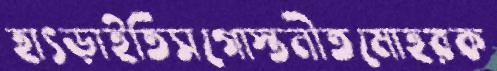
হাৎড়াইতিসগোস্তনীতমোহরক